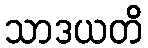
သာဒယတိ